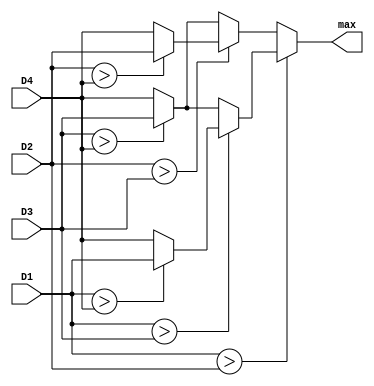
`timescale 1ns / 1ps
//////////////////////////////////////////////////////////////////////////////////
// Company: 
// Engineer: 
// 
// Design Name: 
// Module Name: Max
// Project Name: 
// Target Devices: 
// Tool Versions: 
// Description: 
// 
// Dependencies: 
// 
// Revision:
// Revision 0.01 - File Created
// Additional Comments:
// 
//////////////////////////////////////////////////////////////////////////////////


module Max(
    input [9:0] D1,
    input [9:0] D2,
    input [9:0] D3,
    input [9:0] D4,
    output [9:0] max
    );
    
    assign max = (D1 > D2) ? (
                              (D1 > D3) ? (
                                           (D1 > D4) ? 
                                                       D1 
                                                     : D4
                                          )
                                        : (
                                           (D3 > D4) ?
                                                       D3 
                                                     :  D4
                                          )
                             )
                           : (
                              (D2 > D3) ? (
                                           (D2 > D4) ? 
                                                       D2 
                                                     : D4
                                          )
                                        : (
                                           (D3 > D4) ?
                                                       D3 
                                                     : D4
                                          )
                             );                              
                                                                        
endmodule